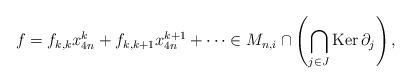
LaTeX: \begin{align*}f=f_{k,k}x_{4n}^k+f_{k,k+1}x_{4n}^{k+1}+\cdots \in M_{n,i} \cap \left( \bigcap_{j\in J} \mathrm{Ker}\, \partial_j \right),\end{align*}